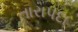
તારાપદા